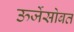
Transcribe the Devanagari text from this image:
ऊर्जेसोबत